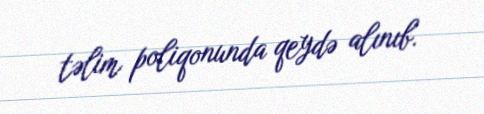
təlim poliqonunda qeydə alınıb.